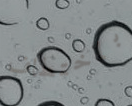
باختطاف